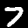
Digit: 7